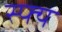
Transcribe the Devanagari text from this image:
स्फ्य